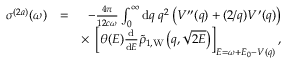
\begin{array} { r l r } { \sigma ^ { ( 2 a ) } ( \omega ) } & { = } & { - \frac { 4 \pi } { 1 2 c \omega } \int _ { 0 } ^ { \infty } \ensuremath { \mathrm { d } } q \; q ^ { 2 } \left( V ^ { \prime \prime } ( q ) + ( 2 / q ) V ^ { \prime } ( q ) \right) } \\ & { } & { \times \; \left[ \theta ( E ) \frac { \ensuremath { \mathrm { d } } } { \ensuremath { \mathrm { d } } E } \tilde { \rho } _ { 1 , \mathrm { W } } \left( q , \sqrt { 2 E } \right) \right] _ { E = \omega + E _ { 0 } - V ( q ) } , } \end{array}